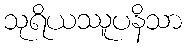
သုရိယဿူပနိသာ